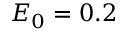
E _ { 0 } = 0 . 2